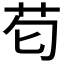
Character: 𮎠